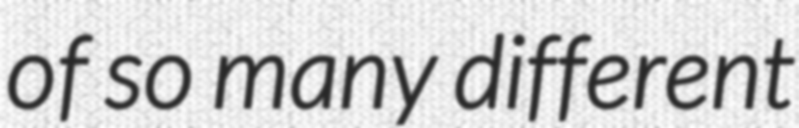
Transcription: of so many different